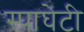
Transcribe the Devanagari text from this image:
स्पाघेटी